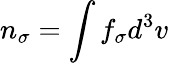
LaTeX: n_{\sigma}=\int f_{\sigma}d^{3}v